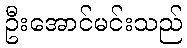
ဦးအောင်မင်းသည်